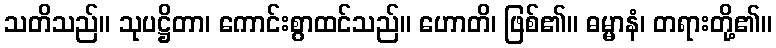
သတိသည်။ သုပဋ္ဌိတာ၊ ကောင်းစွာထင်သည်။ ဟောတိ၊ ဖြစ်၏။ ဓမ္မာနံ၊ တရားတို့၏။